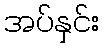
အပ်နှင်း